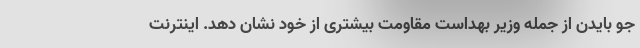
جو بایدن از جمله وزیر بهداست مقاومت بیشتری از خود نشان دهد. اینترنت